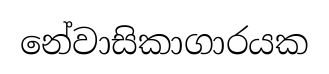
නේවාසිකාගාරයක